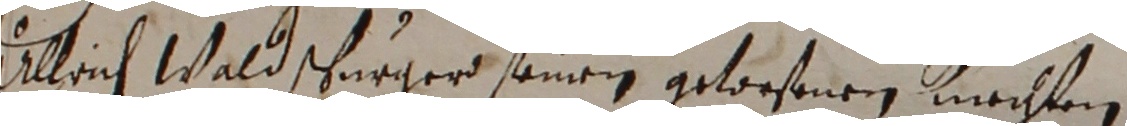
Ullrich Wald schurger unei gewesenen mechten